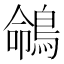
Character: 𪂤